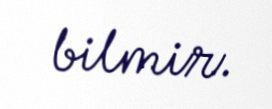
bilmir.